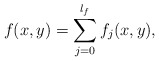
\begin{align*}f(x,y)=\sum_{j=0}^{l_f} f_j(x,y),\end{align*}